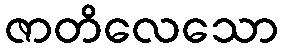
ဇာတိလေသော